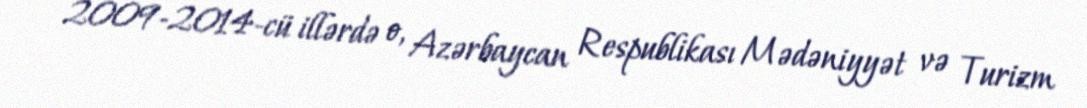
2009-2014-cü illərdə o, Azərbaycan Respublikası Mədəniyyət və Turizm